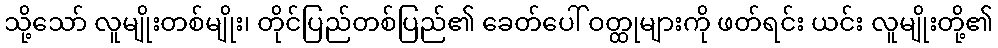
သို့သော် လူမျိုးတစ်မျိုး၊ တိုင်ပြည်တစ်ပြည်၏ ခေတ်ပေါ် ဝတ္ထုများကို ဖတ်ရင်း ယင်း လူမျိုးတို့၏